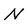
Character: N